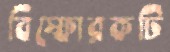
বিস্ফোরকটি